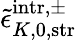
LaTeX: \tilde{\epsilon}_{K,0,\mathrm{str}}^{\mathrm{intr},\pm}